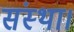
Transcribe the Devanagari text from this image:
संस्था।